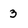
Character: 3